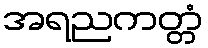
အရညကတ္တံ